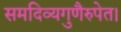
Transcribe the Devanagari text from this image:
समदिव्यगुणैरुपेत।